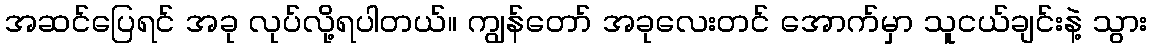
အဆင်ပြေရင် အခု လုပ်လို့ရပါတယ်။ ကျွန်တော် အခုလေးတင် အောက်မှာ သူငယ်ချင်းနဲ့ သွား